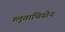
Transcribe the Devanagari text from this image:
ग्लूताथियोन